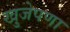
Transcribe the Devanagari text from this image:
खुजेपणा